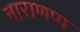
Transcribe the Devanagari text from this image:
नाराणप्प